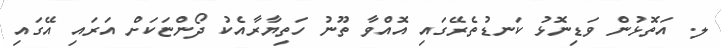
ލ. އަތޮޅުން ވަޑިނޮޅު ކަނޑުތެރޭގައި އޮއްވާ ތޫނު ހަތިޔާރާއެކު ދޯންޏަކަށް އަރައި އޭގައި